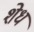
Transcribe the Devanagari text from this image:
शेध